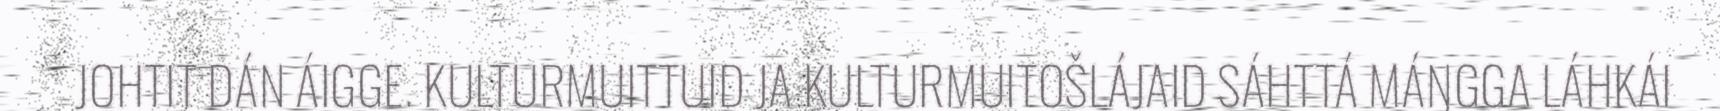
JOHTIT DÁN ÁIGGE. KULTURMUITTUID JA KULTURMUITOŠLÁJAID SÁHTTÁ MÁŊGGA LÁHKÁI